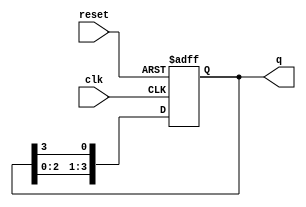
module ring_counter (
    input wire clk,        // Clock signal
    input wire reset,      // Asynchronous reset signal
    output reg [3:0] q     // 4-bit output of the ring counter
);

// Initial state
initial begin
    q = 4'b1000; // Initialize the counter to 1000
end

// Synchronous process
always @(posedge clk or posedge reset) begin
    if (reset) begin
        q <= 4'b1000; // Reset the counter to 1000
    end else begin
        // Shift the '1' through the flip-flops
        q <= {q[2:0], q[3]}; // Shift left and wrap around
    end
end

endmodule